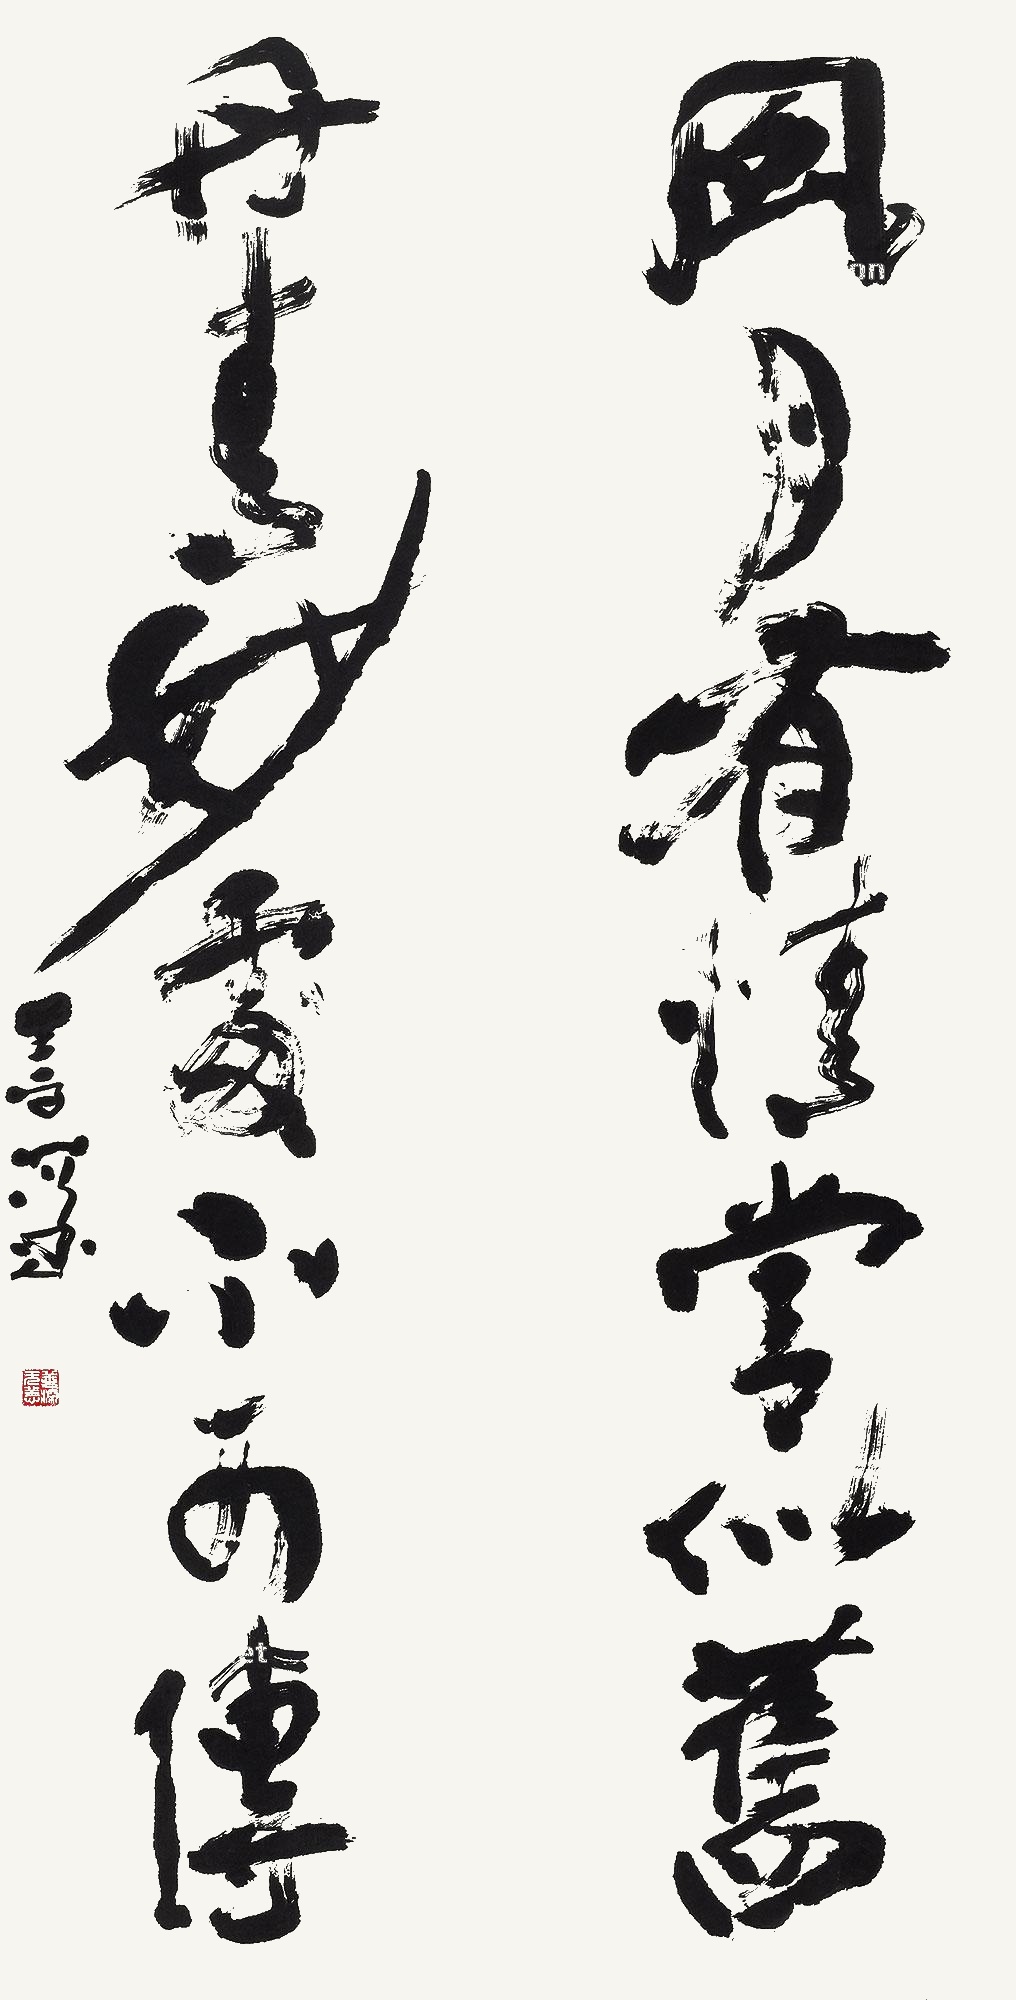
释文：风月有情常似旧，丹青妙处不可传。善深。